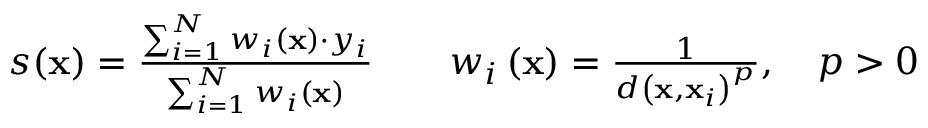
\begin{array} { r l r l } & { s ( \mathbf { x } ) = \frac { \sum _ { i = 1 } ^ { N } w _ { i } \left( \mathbf { x } \right) \cdot y _ { i } } { \sum _ { i = 1 } ^ { N } w _ { i } \left( \mathbf { x } \right) } } & & { w _ { i } \left( \mathbf { x } \right) = \frac { 1 } { d \left( \mathbf { x } , \mathbf { x } _ { i } \right) ^ { p } } , \quad p > 0 } \end{array}